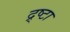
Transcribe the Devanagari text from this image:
द्र्ष्टा